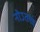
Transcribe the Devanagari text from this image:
नोऽतत्त्वं